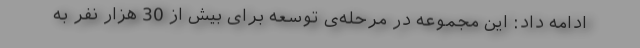
ادامه داد: این مجموعه در مرحله‌ی توسعه برای بیش از 30 هزار نفر به